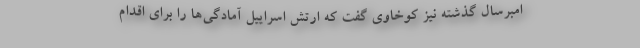
امبرسال گذشته نیز کوخاوی گفت که ارتش اسراییل آمادگی‌ها را برای اقدام